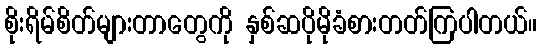
စိုးရိမ်စိတ်များတာတွေကို နှစ်ဆပိုမိုခံစားတတ်ကြပါတယ်။